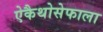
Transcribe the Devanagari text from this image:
ऐकैथोसेफाला